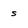
Character: s